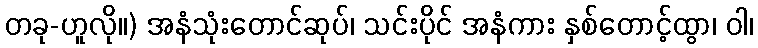
တခု-ဟူလို။) အနံသုံးတောင်ဆုပ်၊ သင်းပိုင် အနံကား နှစ်တောင့်ထွာ၊ ဝါ၊